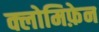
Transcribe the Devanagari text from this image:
क्लोमिफ़ेन